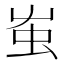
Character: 𧈪